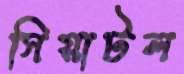
সিয়াটল